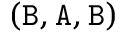
( \mathtt { B } , \mathtt { A } , \mathtt { B } )